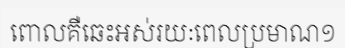
ពោលគឺឆេះអស់រយៈពេលប្រមាណ១